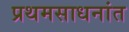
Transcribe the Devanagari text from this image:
प्रथमसाधनांत